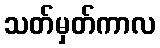
သတ်မှတ်ကာလ